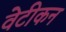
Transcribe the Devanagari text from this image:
वेटीकन